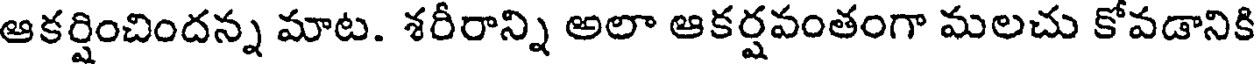
ఆకర్షించిందన్న మాట. శరీరాన్ని అలా ఆకర్షవంతంగా మలచు కోవడానికి